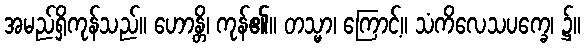
အမည်ရှိကုန်သည်။ ဟောန္တိ၊ ကုန်၏။ တသ္မာ၊ ကြောင့်။ သံကိလေသပက္ခေ၊ ၌။